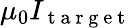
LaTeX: \mu_{0}I_{\mathrm{~t~a~r~g~e~t~}}